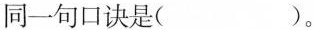
同一句口诀是( )。